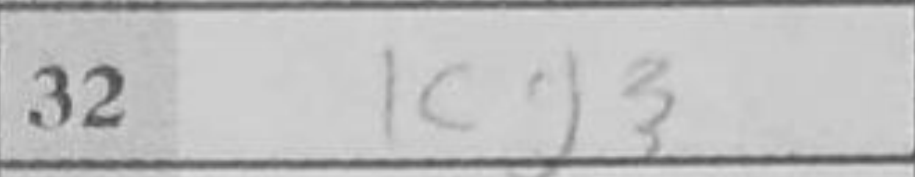
Transcription: Kg3